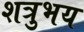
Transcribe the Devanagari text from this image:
शत्रुभय